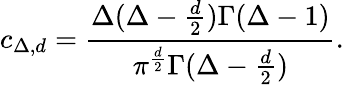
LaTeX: c_{\Delta,d}={\frac{\Delta(\Delta-{\frac{d}{2}})\Gamma(\Delta-1)}{\pi^{\frac{d}{2}}\Gamma(\Delta-{\frac{d}{2}})}}.